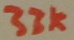
Text: 33K